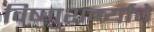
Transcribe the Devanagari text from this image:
विष्णुशर्म्याचे